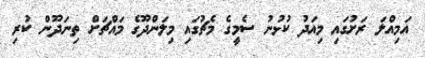
އަމިއްލަ ރަށުގައި މިއަދު ކުޅުނު ސެމީގެ މެޗުގައި މިލަންދޫގެ މައްޗަށް ތިނަދޫން ކުރި